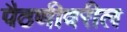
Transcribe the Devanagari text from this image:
पैठणीवरील